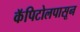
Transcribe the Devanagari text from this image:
कॅपिटोलपासून